画像に写った文字を読んでください
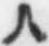
「人」と書いてあります